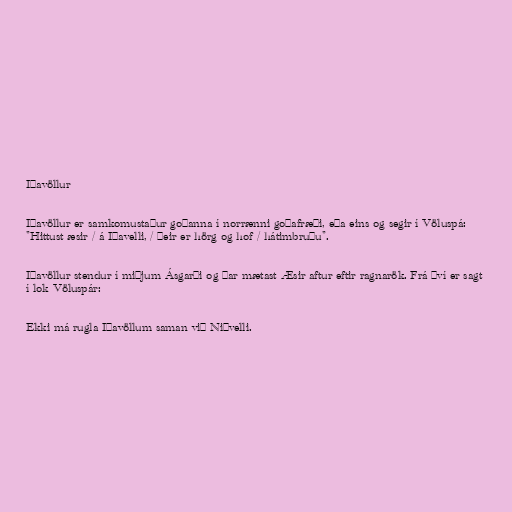
Iðavöllur

Iðavöllur er samkomustaður goðanna í norrænni goðafræði, eða eins og segir í Völuspá:
"Hittust æsir / á Iðavelli, / þeir er hörg og hof / hátimbruðu".

Iðavöllur stendur í miðjum Ásgarði og þar mætast Æsir aftur eftir ragnarök. Frá því er sagt
í lok Völuspár:

Ekki má rugla Iðavöllum saman við Niðvelli.